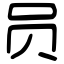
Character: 员